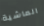
الماشية